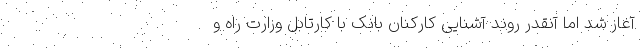
آغاز شد اما آنقدر روند آشنایی کارکنان بانک با کارتابل وزارت راه و